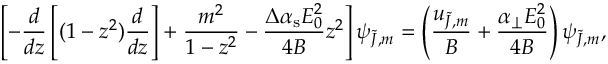
\left[ - \frac { d } { d z } \left[ ( 1 - z ^ { 2 } ) \frac { d } { d z } \right] + \frac { m ^ { 2 } } { 1 - z ^ { 2 } } - \frac { \Delta \alpha _ { \mathrm { s } } E _ { 0 } ^ { 2 } } { 4 B } z ^ { 2 } \right] \psi _ { \tilde { J } , m } = \left( \frac { u _ { \tilde { J } , m } } { B } + \frac { \alpha _ { \perp } E _ { 0 } ^ { 2 } } { 4 B } \right) \psi _ { \tilde { J } , m } ,